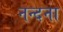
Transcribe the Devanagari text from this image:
नन्दना